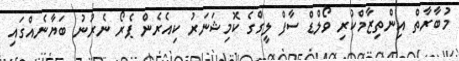
މުބާރާތް އިންތިޒާމްކުރި ވޯލްޑް ސާފް ލީގްގެ ކޮމިޝަނަރު ކިއެރެން ޕެރޯ ނެރުނު ބަޔާނެއްގައި